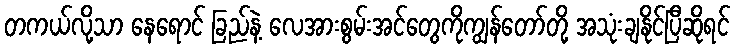
တကယ်လို့သာ နေရောင် ခြည်နဲ့ လေအားစွမ်းအင်တွေကိုကျွန်တော်တို့ အသုံးချနိုင်ပြီဆိုရင်